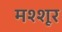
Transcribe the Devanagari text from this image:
मश्शूर